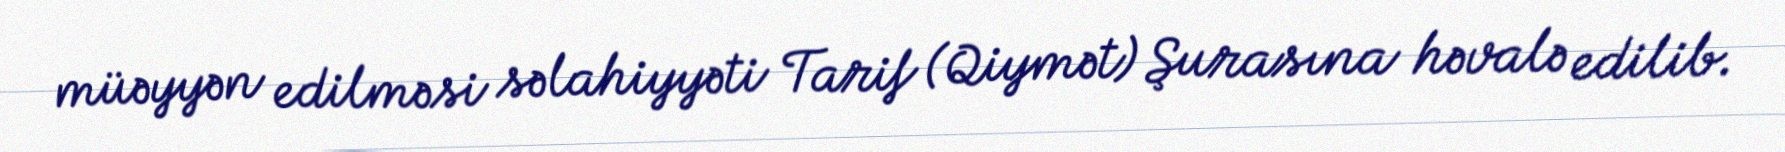
müəyyən edilməsi səlahiyyəti Tarif (Qiymət) Şurasına həvalə edilib.